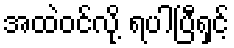
အထဲဝင်လို့ ရပါပြီရှင့်